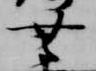
無